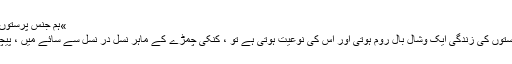
»ہم جنس پرستوں کے غالب والد
اگر ہم جنس پرستوں کی زندگی ایک وشال بال روم ہوتی اور اس کی نوعیت ہوتی ہے تو ، کنکی چمڑے کے ماہر نسل در نسل سے سائے میں ، پیچھے رہتے ہیں۔